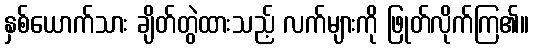
နှစ်ယောက်သား ချိတ်တွဲထားသည့် လက်များကို ဖြုတ်လိုက်ကြ၏။